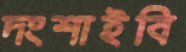
দংশাইবি